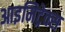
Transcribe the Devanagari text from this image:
आइमिट्रेक्स